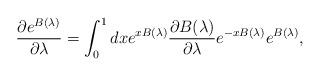
LaTeX: \begin{align*}\frac{\partial e^{B(\lambda)}}{\partial \lambda} =\int^{1}_{0} dx e^{xB(\lambda)} \frac{\partial B(\lambda)}{\partial \lambda}e^{-xB(\lambda)} e^{B(\lambda)},\end{align*}